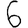
Digit: 6